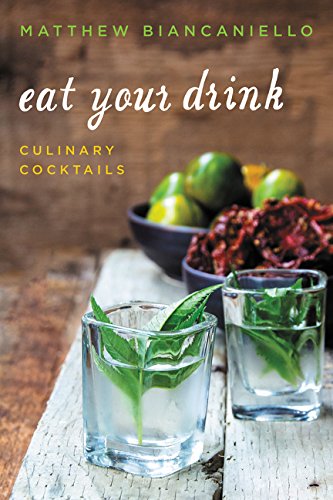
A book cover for Eat Your Drink: Culinary Cocktails; Matthew Biancaniello; Cookbooks, Food & Wine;